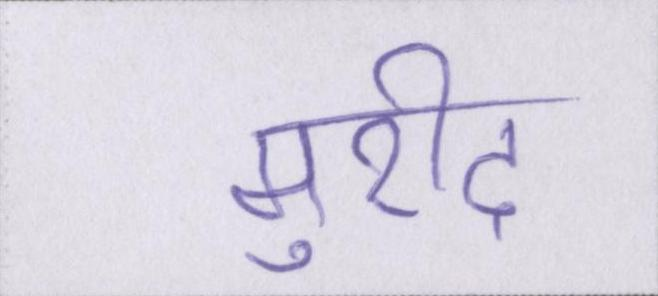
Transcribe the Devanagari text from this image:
मुरीद